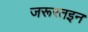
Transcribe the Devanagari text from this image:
जरूरतइन